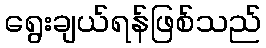
ရွေးချယ်ရန်ဖြစ်သည်